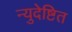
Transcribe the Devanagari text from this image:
न्युदेष्टित